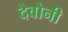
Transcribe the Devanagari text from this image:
देवोनी